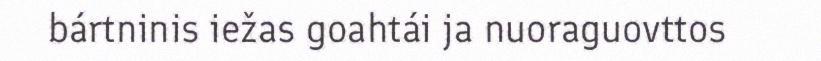
bártninis iežas goahtái ja nuoraguovttos